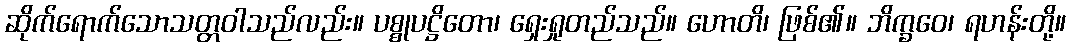
ဆိုက်ရောက်သောသတ္တဝါသည်လည်း။ ပစ္စုပဋ္ဌိတော၊ ရှေးရှုတည်သည်။ ဟောတိ၊ ဖြစ်၏။ ဘိက္ခဝေ၊ ရဟန်းတို့။